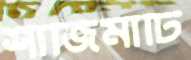
শাজিমাটি